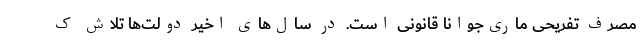
مصرف تفریحی ماری‌جوانا قانونی است. در سال‌های اخیر دولت‌ها تلاش ک